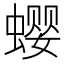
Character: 𰳗